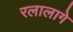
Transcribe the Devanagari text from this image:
रलालागे